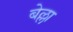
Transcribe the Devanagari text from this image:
बेल्ला